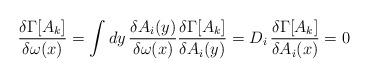
LaTeX: \begin{align*}\frac{\delta\Gamma[A_{k}]}{\delta \omega (x)} = \int dy\,\frac{\delta A_{i}(y)}{\delta \omega (x)} \frac{\delta\Gamma [A_{k}]}{\delta A_{i}(y)} = D_{i}\,\frac{\delta \Gamma[A_{k}]}{\delta A_{i}(x)} = 0\end{align*}